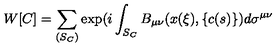
W [ C ] = \sum _ { ( S _ { C } ) } \exp ( i \int _ { S _ { C } } B _ { \mu \nu } ( x ( \xi ) , \{ c ( s ) \} ) d \sigma ^ { \mu \nu }